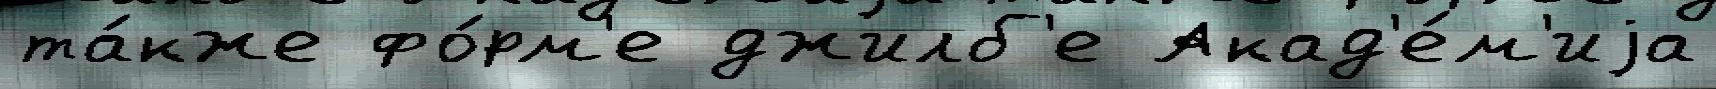
та́кже фо́рм'е джилб'е Акад'е́м'иjа